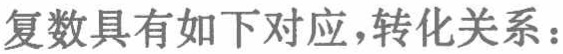
复数具有如下对应，转化关系：